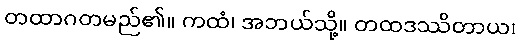
တထာဂတမည်၏။ ကထံ၊ အဘယ်သို့။ တထဒဿိတာယ၊